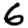
Digit: 6